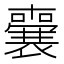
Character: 𭌌